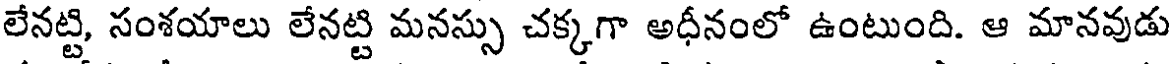
లేనట్టి, సంశయాలు లేనట్టి మనస్సు చక్కగా అధీనంలో ఉంటుంది. ఆ మానవుడు